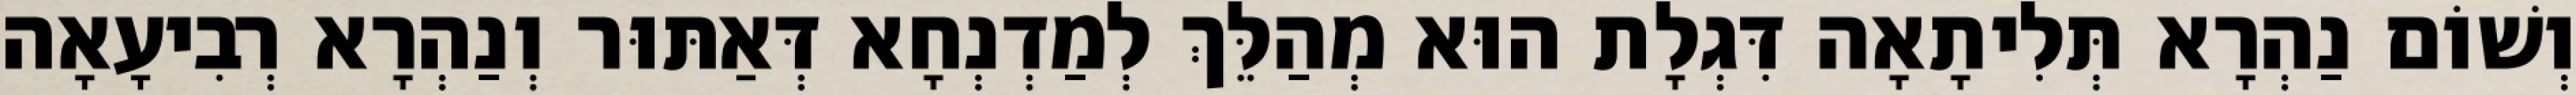
וְשׁוֹם נַהְרָא תְּלִיתָאָה דִּגְלָת הוּא מְהַלֵּךְ לְמַדְנְחָא דְּאַתּוּר וְנַהְרָא רְבִיעָאָה